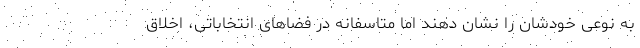
به نوعی خودشان را نشان دهند اما متاسفانه در فضاهای انتخاباتی، اخلاق